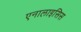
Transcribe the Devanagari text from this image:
एनालाइसिस